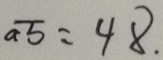
\overline { a b } = 4 8 .